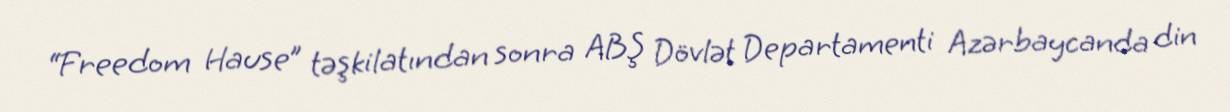
“Freedom Hause” təşkilatından sonra ABŞ Dövlət Departamenti Azərbaycanda din